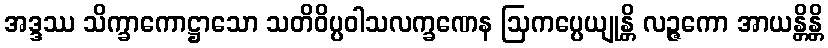
အဒ္ဒဿ သိက္ခာကောဋ္ဌာသော သတိဝိပ္ပဝါသလက္ခဏေန ဩကပ္ပေယျုန္တိ လဉ္ဇကော အာယန္တိန္တိ